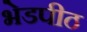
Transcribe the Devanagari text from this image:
भेडपीठ